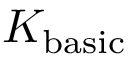
K _ { \mathrm { b a s i c } }